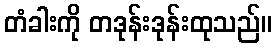
တံခါးကို တဒုန်းဒုန်းထုသည်။